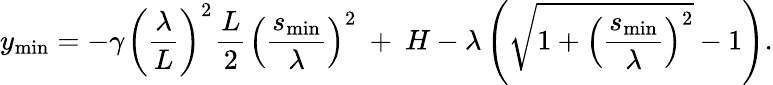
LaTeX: y_{\mathrm{min}}=-\gamma~\! \left(\frac{\lambda}{L}\right)^{2}~\! \frac{L}{2}~\! \left(\frac{s_{\mathrm{min}}}{\lambda}\right)^{2}~+~H-\lambda\left(\sqrt{1+\left(\frac{s_{\operatorname*{min}}}{\lambda}\right)^{2}}-1\right).